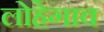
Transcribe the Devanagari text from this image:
लोहेगाव